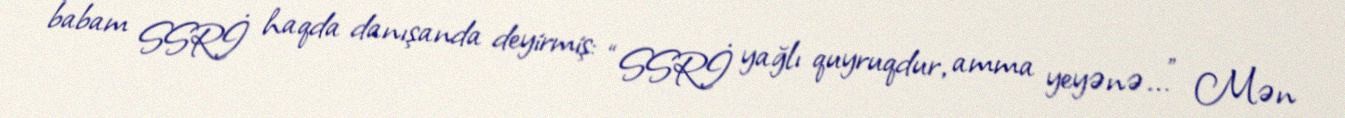
babam SSRİ haqda danışanda deyirmiş: “SSRİ yağlı quyruqdur, amma yeyənə...” Mən